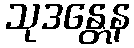
သုဒန္တေန